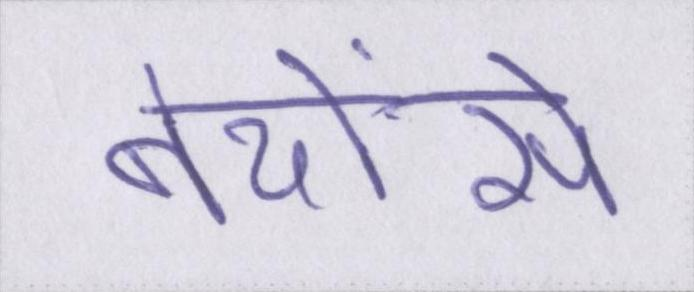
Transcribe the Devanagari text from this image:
बेयोंसे